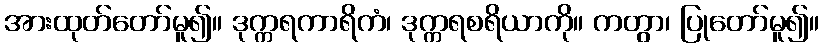
အားထုတ်တော်မူ၍။ ဒုက္ကရကာရိကံ၊ ဒုက္ကရစရိယာကို။ ကတွာ၊ ပြုတော်မူ၍။